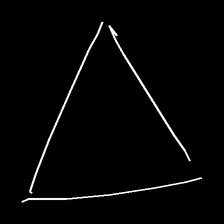
Glyph: convergence